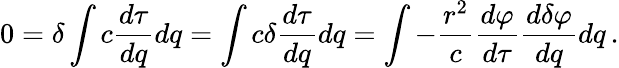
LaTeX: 0=\delta\int{c{\frac{d\tau}{dq}}dq}=\int{c\delta{\frac{d\tau}{dq}}dq}=\int{-{\frac{r^{2}}{c}}{\frac{d\varphi}{d\tau}}{\frac{d\delta\varphi}{dq}}dq}\, .